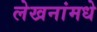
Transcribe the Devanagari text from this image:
लेखनांमधे